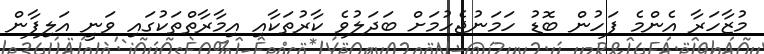
މުޒާހަރާ އެންމެ ފަހުން ބޮޑު ހަމަނުޖެހުމަށް ބަދަލުވެ ކާރުތަކާއި އިމާރާތްތަކުގައި ވަނީ އަލިފާން